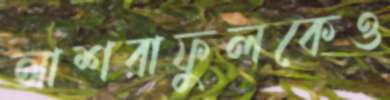
আশরাফুলকেও